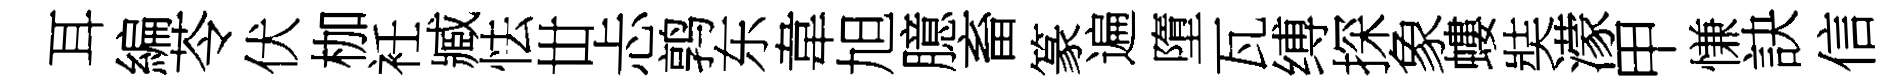
耳編苓伏枷衽臧怯丗忐鹑东韋旭臆畜篆遍墮瓦缚探象螻奘濛甲慊訣信